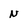
Character: N